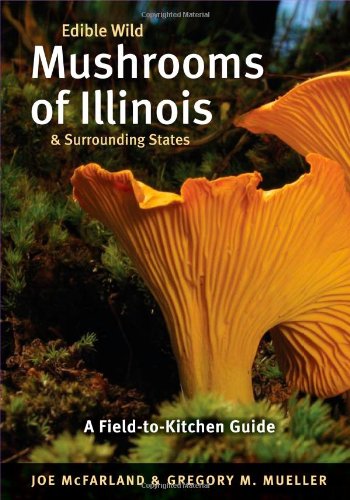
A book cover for Edible Wild Mushrooms of Illinois and Surrounding States: A Field-to-Kitchen Guide (Field-To-Kitchen Guides); Joe McFarland; Cookbooks, Food & Wine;